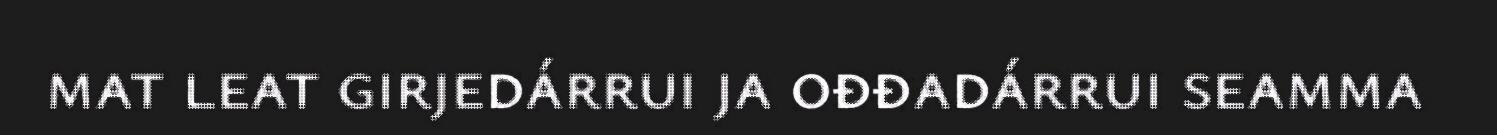
mat leat girjedárrui ja ođđadárrui seamma